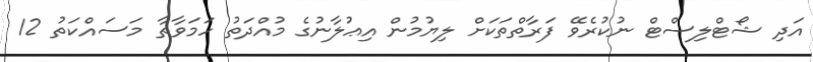
އަދި ޝޯޓްލިސްޓް ނުކުރެވޭ ފަރާތްތަކަށް ލިޔުމުން އިޢުލާނުގެ މުއްދަތު ހަމަވާތާ މަސައްކަތު 12